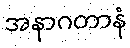
အနာဂတာနံ